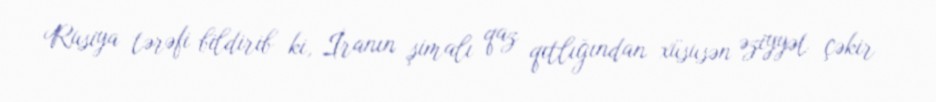
Rusiya tərəfi bildirib ki, İranın şimalı qaz qıtlığından xüsusən əziyyət çəkir